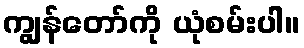
ကျွန်တော်ကို ယုံစမ်းပါ။